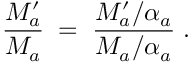
\frac { M _ { a } ^ { \prime } } { M _ { a } } \; = \; \frac { M _ { a } ^ { \prime } / \alpha _ { a } } { M _ { a } / \alpha _ { a } } \; .